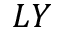
L Y